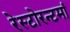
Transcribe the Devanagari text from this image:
रेस्‍टोरन्टमां